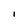
Character: I